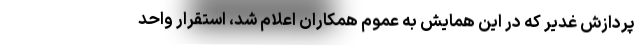
پردازش غدیر که در این همایش به عموم همکاران اعلام شد، استقرار واحد